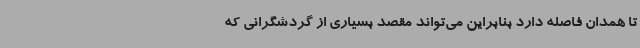
تا همدان فاصله دارد بنابراین می‌تواند مقصد بسیاری از گردشگرانی که